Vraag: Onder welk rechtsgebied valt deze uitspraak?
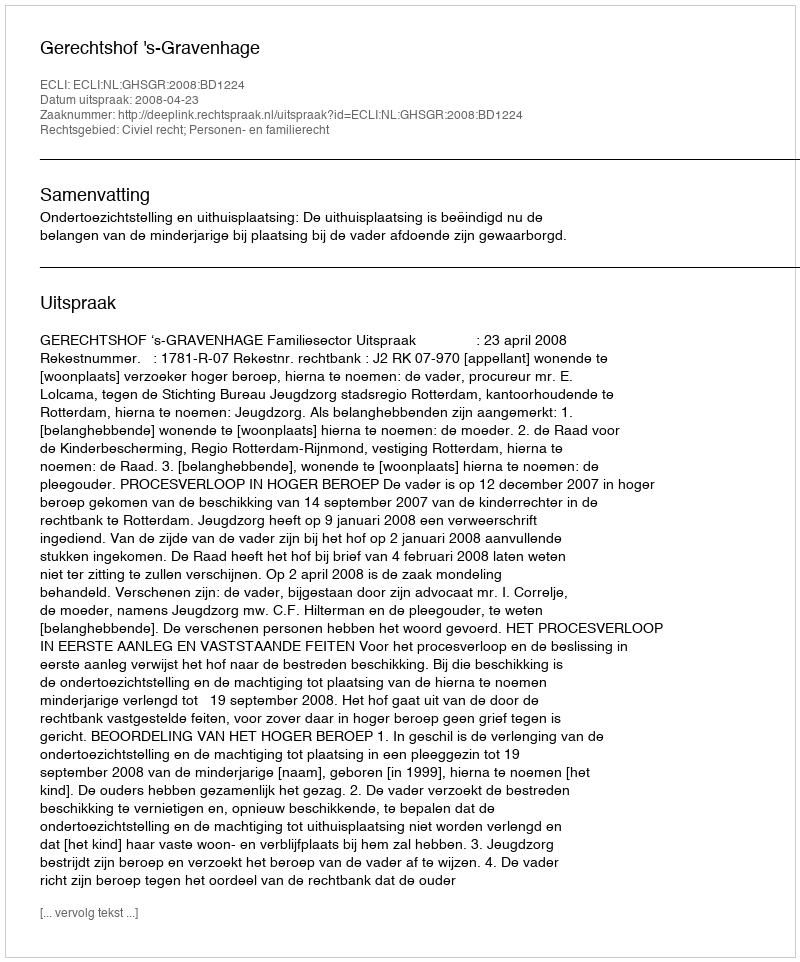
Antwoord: Civiel recht; Personen- en familierecht